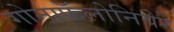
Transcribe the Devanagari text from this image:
गोनाफॅलोनियेरे